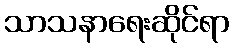
သာသနာရေးဆိုင်ရာ